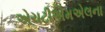
એચટીએમએલના